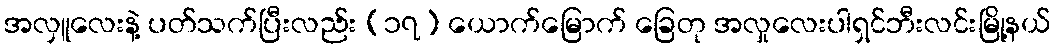
အလှူလေးနဲ့ ပတ်သက်ပြီးလည်း (၁၇) ယောက်မြောက် ခြေတု အလှုလေးပါရှင်ဘီးလင်းမြို့နယ်